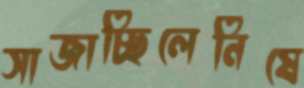
সাজাচ্ছিলেনিষে